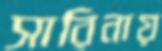
সারিনায়